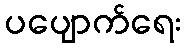
ပပျောက်ရေး